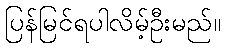
ပြန်မြင်ရပါလိမ့်ဦးမည်။